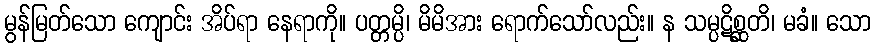
မွန်မြတ်သော ကျောင်း အိပ်ရာ နေရာကို။ ပတ္တမ္ပိ၊ မိမိအား ရောက်သော်လည်း။ န သမ္ပဋိစ္ဆတိ၊ မခံ။ သော